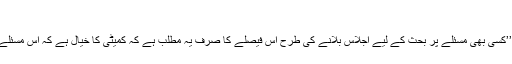
‘‘
انہوں نے مزید کہا کہ ’’کسی بھی مسئلے پر بحث کے لیے اجلاس بلانے کی طرح اس فیصلے کا صرف یہ مطلب ہے کہ کمیٹی کا خیال ہے کہ اس مسئلے پر بحث ہونی چاہیئے۔